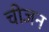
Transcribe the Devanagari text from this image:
चीजन